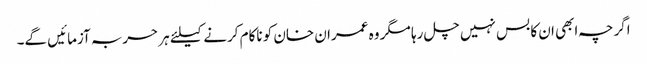
اگرچہ ابھی ان کا بس نہیں چل رہا مگر وہ عمران خان کو ناکام کرنے کیلئے ہر حربہ آزمائیں گے۔